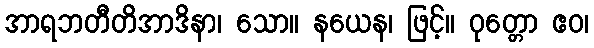
အာရဘတီတိအာဒိနာ၊ သော။ နယေန၊ ဖြင့်။ ဝုတ္တော ဧဝ၊